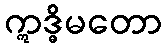
ဣဒ္ဓိမတော